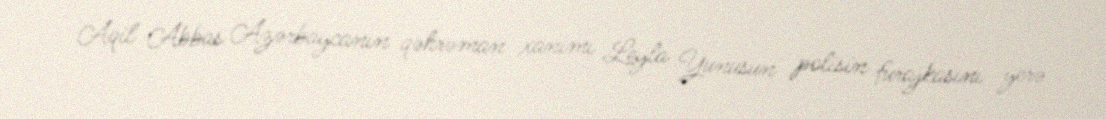
Aqil Abbas Azərbaycanın qəhrəman xanımı Leyla Yunusun polisin furajkasını yerə